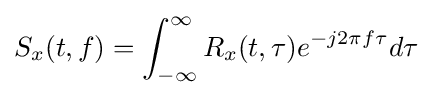
S_{x}(t,f)=\int _{-\infty }^{\infty }R_{x}(t,\tau )e^{-j2\pi f\tau }d\tau